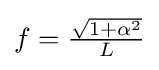
f={\tfrac {\sqrt {1+\alpha ^{2}}}{L}}